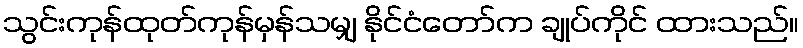
သွင်းကုန်ထုတ်ကုန်မှန်သမျှ နိုင်ငံတော်က ချုပ်ကိုင် ထားသည်။